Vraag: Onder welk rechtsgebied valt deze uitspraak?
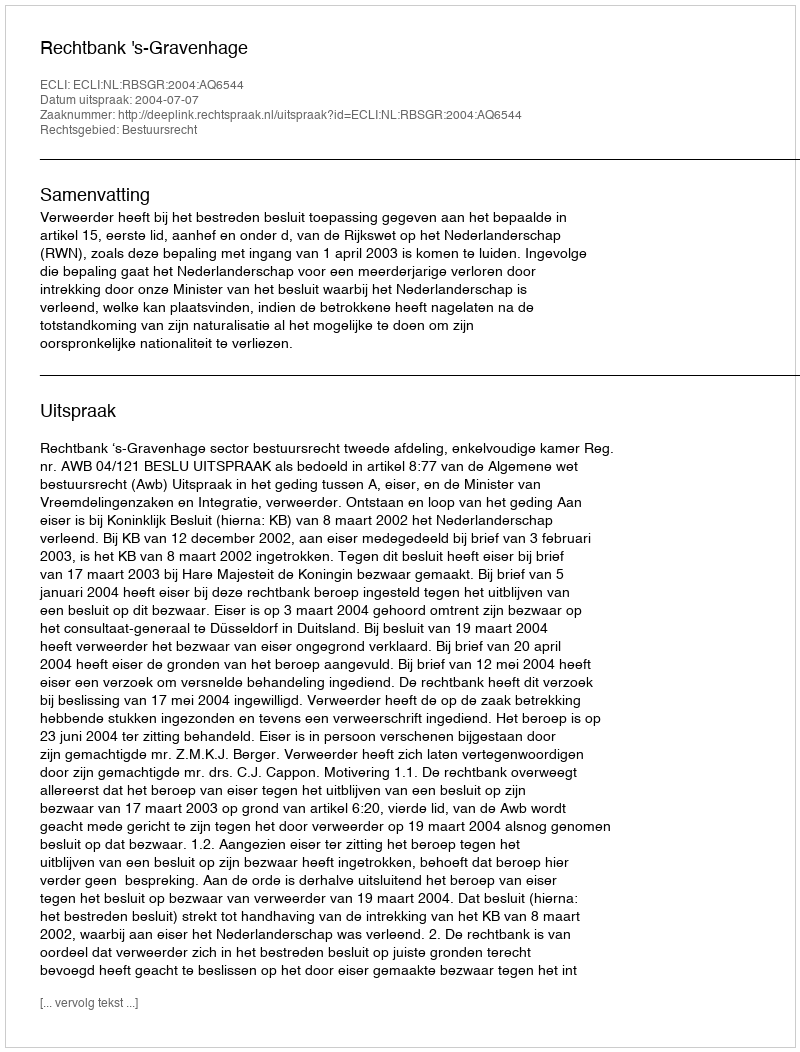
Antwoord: Bestuursrecht